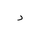
Letter: _dal